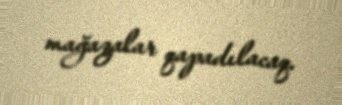
mağazalar qapadılacaq.